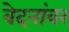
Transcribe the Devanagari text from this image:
वेदनांवर